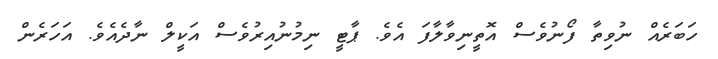
ހަބަރެއް ނުވިތާ ފޯނުވެސް އޮތީނިވާލާފަ އެވެ. ޕާޓީ ނިމުނުއިރުވެސް އަކީލް ނާދެއެވެ. އަހަރެން